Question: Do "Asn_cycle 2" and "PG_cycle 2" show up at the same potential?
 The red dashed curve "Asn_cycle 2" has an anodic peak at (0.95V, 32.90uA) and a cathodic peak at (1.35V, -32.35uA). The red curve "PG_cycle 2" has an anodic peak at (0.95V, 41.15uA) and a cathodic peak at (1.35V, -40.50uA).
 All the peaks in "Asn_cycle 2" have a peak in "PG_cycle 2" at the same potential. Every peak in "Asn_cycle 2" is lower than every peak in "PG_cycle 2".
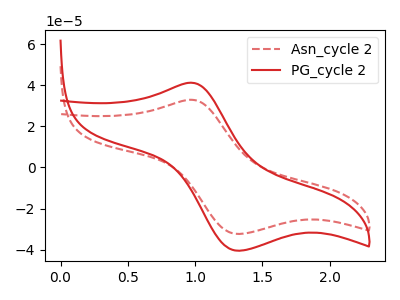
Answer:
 <answer>"Asn_cycle 2" and "PG_cycle 2" are similar in shape.</answer>
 <eval>same_shape</eval>